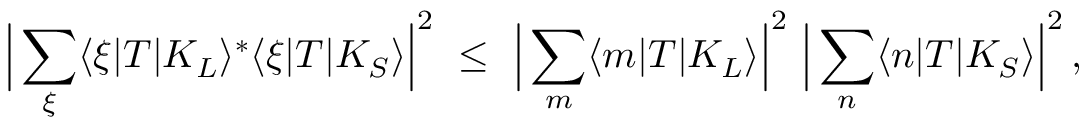
\Big | \sum _ { \xi } \langle \xi | T | K _ { L } \rangle ^ { * } \langle \xi | T | K _ { S } \rangle \Big | ^ { 2 } \ \leq \ \Big | \sum _ { m } \langle m | T | K _ { L } \rangle \Big | ^ { 2 } \ \Big | \sum _ { n } \langle n | T | K _ { S } \rangle \Big | ^ { 2 } \, ,